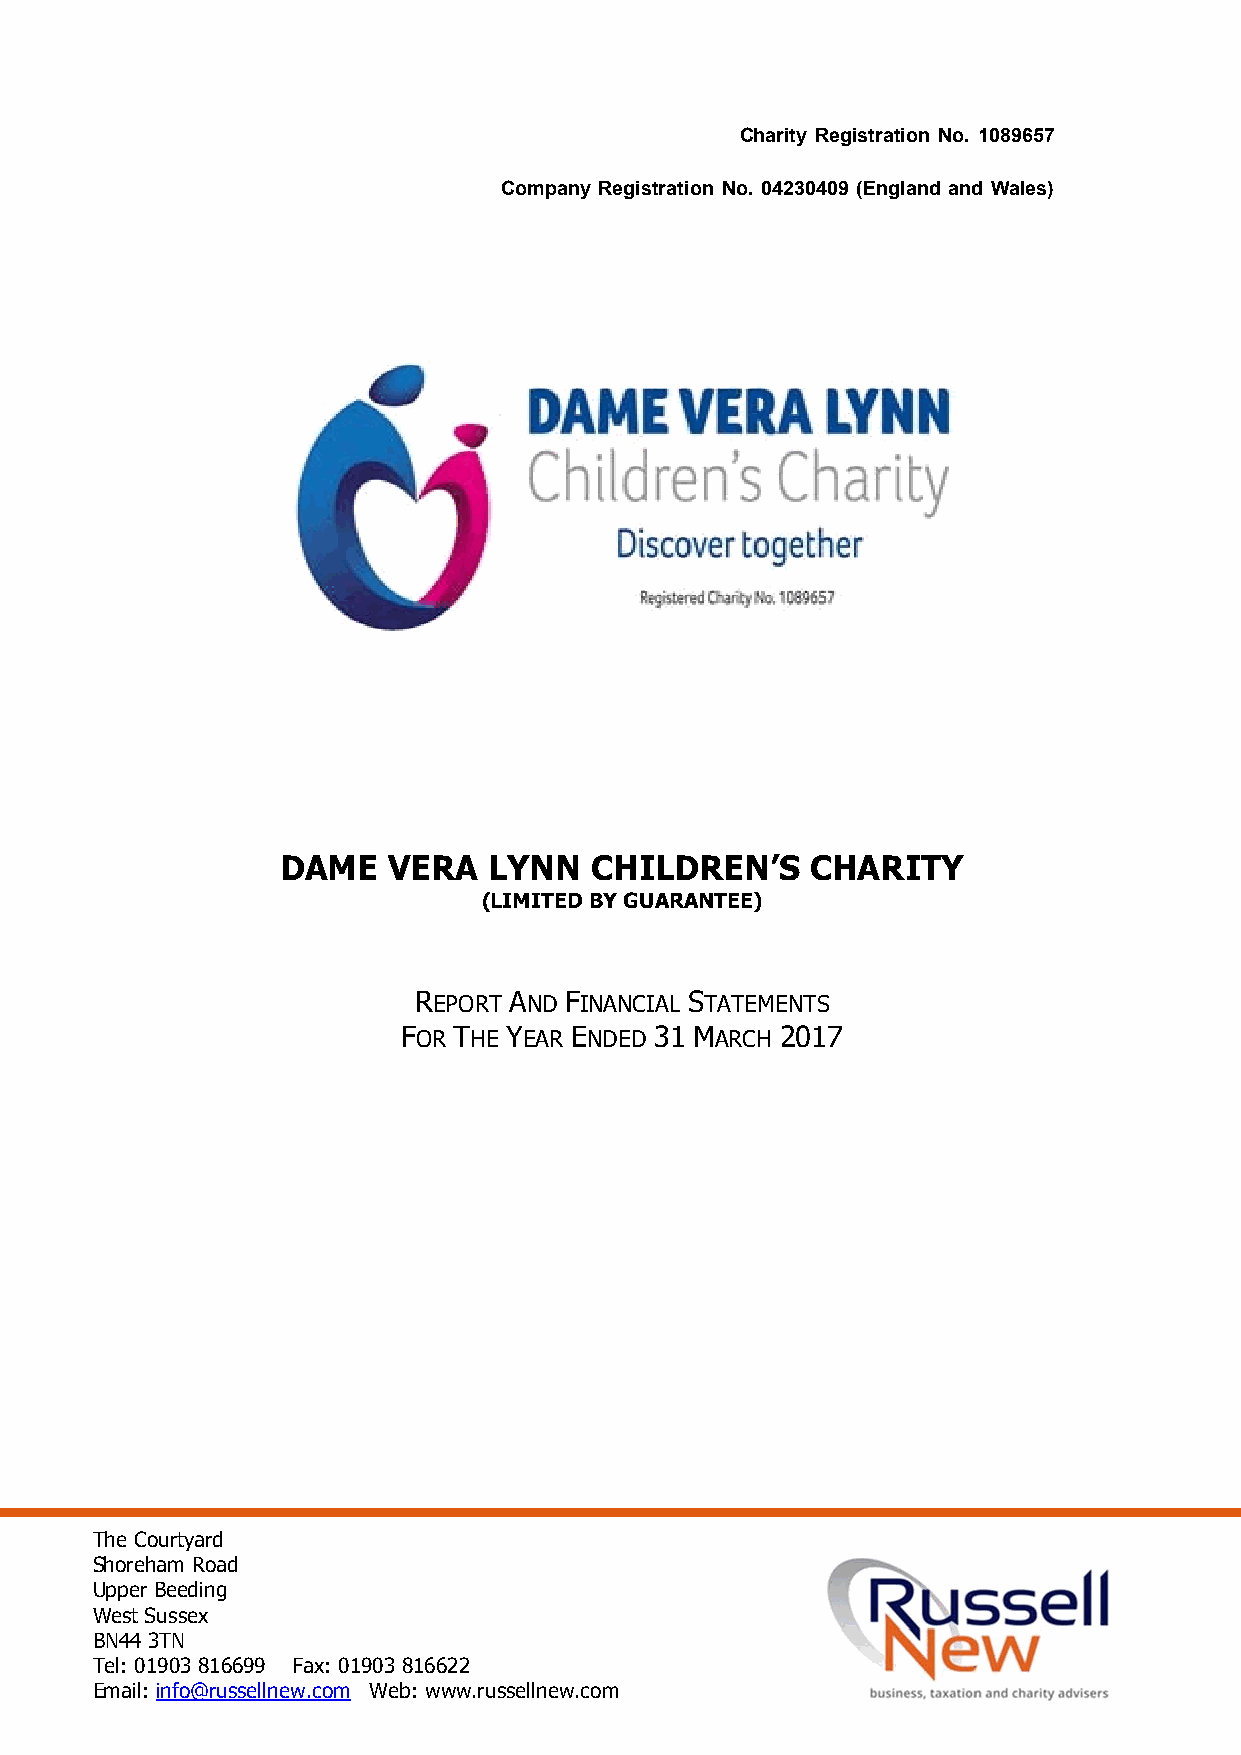
Charity Registration No. 1089657
 Company Registration No. 04230409 (England and Wales)
 DAME   VERA  LYNN   CHILDREN’S     CHARITY
 (LIMITED BY GUARANTEE)
 REPORT AND FINANCIAL STATEMENTS
 FOR THE YEAR ENDED 31 MARCH 2017
 The Courtyard
 Shoreham Road
 Upper Beeding
 West Sussex
 BN44 3TN
 Tel: 01903 816699 Fax: 01903 816622
 Email: info@russellnew.com Web: www.russellnew.com